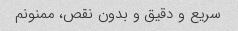
سریع و دقیق و بدون نقص، ممنونم